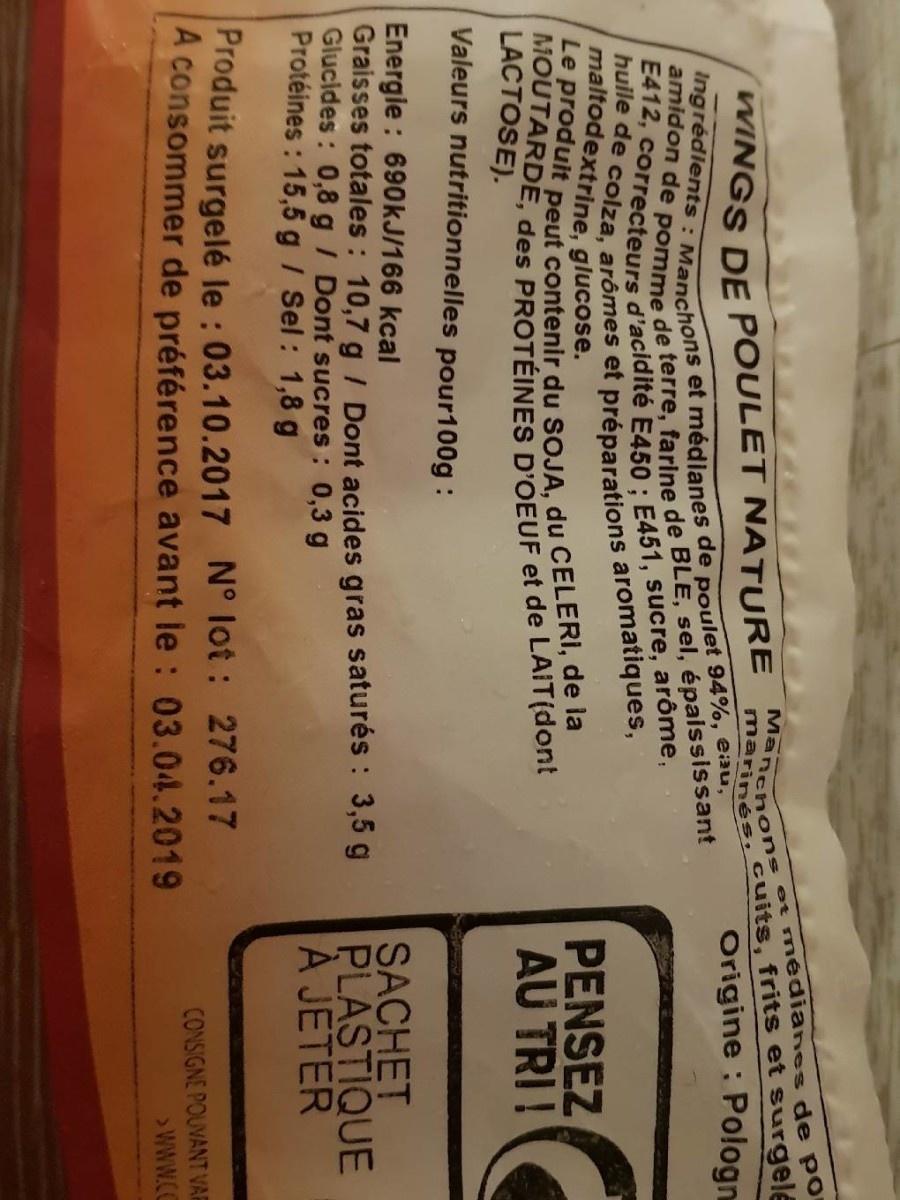
Manchons marines
WINGS DE POULET NATURE amidon de pomme de terre, farine de BLE, sel, épaississant Ingrédients: Manchons et médianes de poulet 94%, eau, huile de colza, arômes et préparations aromatiques, E412, correcteurs d'acidité E450 ; E451, sucre, arôme,
maltodextrine, glucose.
Le produit peut contenir du SOJA, du CELERI, de la MOUTARDE, des PROTÉINES D'OEUF et de LAIT(dont
LACTOSE).
Valeurs nutritionnelles pour100g :
s et médianes de por cuits, frits et surgelé Origine: Pologn
Energie: 690kJ/166 kcal
Graisses totales: 10,7 g / Dont acides gras saturés: 3,5 g Glucides: 0,8 g / Dont sucres : 0,3 g Protéines: 15,5 g / Sel: 1,8 g
Produit surgelé le : 03.10.2017 N° lot: 276.17 A consommer de préférence avant le : 03.04.2019
PENSEZ
AU TRI!
SACHET PLASTIQUE
Á JETER
CONSIGNE POUVANT VAR >WWW.CC